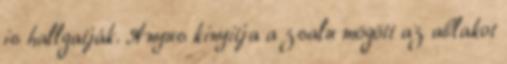
is hallgatják. Anyus kinyitja a zsalu mögött az ablakot